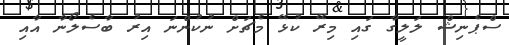
ސްޕެނިޝް ލަލީގާ ގައި މިރޭ ކުޅޭ މެޗަށް ނުކުންނަ އިރު ބާސެލޯނާ އާއި